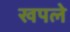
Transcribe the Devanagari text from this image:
खपले